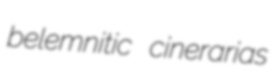
belemnitic cinerarias